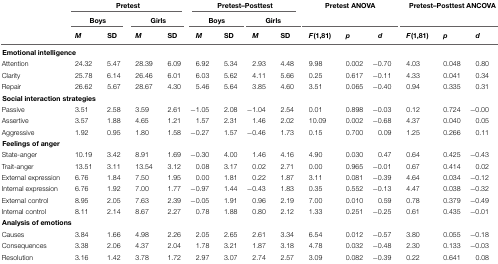
<table><thead><tr><td></td><td colspan="4"><b>Pretest</b></td><td colspan="4"><b>Pretest–Posttest</b></td><td colspan="3"><b>Pretest ANOVA</b></td><td colspan="3"><b>Pretest–Posttest ANCOVA</b></td></tr><tr><td></td><td colspan="2"><b>Boys</b></td><td colspan="2"><b>Girls</b></td><td colspan="2"><b>Boys</b></td><td colspan="2"><b>Girls</b></td><td colspan="3"></td><td colspan="3"></td></tr><tr><td></td><td><b><i>M</i></b></td><td><b>SD</b></td><td><b><i>M</i></b></td><td><b>SD</b></td><td><b><i>M</i></b></td><td><b>SD</b></td><td><b><i>M</i></b></td><td><b>SD</b></td><td><b><i>F</i>(1,81)</b></td><td><b><i>p</i></b></td><td><b><i>d</i></b></td><td><b><i>F</i>(1,81)</b></td><td><b><i>p</i></b></td><td><b><i>d</i></b></td></tr></thead><tbody><tr><td colspan="6"><b>Emotional intelligence</b></td></tr><tr><td>Attention</td><td>24.32</td><td>5.47</td><td>28.39</td><td>6.09</td><td>6.92</td><td>5.34</td><td>2.93</td><td>4.48</td><td>9.98</td><td>0.002</td><td>-0.70</td><td>4.03</td><td>0.048</td><td>0.80</td></tr><tr><td>Clarity</td><td>25.78</td><td>6.14</td><td>26.46</td><td>6.01</td><td>6.03</td><td>5.62</td><td>4.11</td><td>5.66</td><td>0.25</td><td>0.617</td><td>-0.11</td><td>4.33</td><td>0.041</td><td>0.34</td></tr><tr><td>Repair</td><td>26.62</td><td>5.67</td><td>28.67</td><td>4.30</td><td>5.46</td><td>5.64</td><td>3.85</td><td>4.60</td><td>3.51</td><td>0.065</td><td>-0.40</td><td>0.94</td><td>0.335</td><td>0.31</td></tr><tr><td colspan="6"><b>Social interaction strategies</b></td></tr><tr><td>Passive</td><td>3.51</td><td>2.58</td><td>3.59</td><td>2.61</td><td>-1.05</td><td>2.08</td><td>-1.04</td><td>2.54</td><td>0.01</td><td>0.898</td><td>-0.03</td><td>0.12</td><td>0.724</td><td>-0.00</td></tr><tr><td>Assertive</td><td>3.57</td><td>1.88</td><td>4.65</td><td>1.21</td><td>1.57</td><td>2.31</td><td>1.46</td><td>2.02</td><td>10.09</td><td>0.002</td><td>-0.68</td><td>4.37</td><td>0.040</td><td>0.05</td></tr><tr><td>Aggressive</td><td>1.92</td><td>0.95</td><td>1.80</td><td>1.58</td><td>-0.27</td><td>1.57</td><td>-0.46</td><td>1.73</td><td>0.15</td><td>0.700</td><td>0.09</td><td>1.25</td><td>0.266</td><td>0.11</td></tr><tr><td colspan="6"><b>Feelings of anger</b></td></tr><tr><td>State-anger</td><td>10.19</td><td>3.42</td><td>8.91</td><td>1.69</td><td>-0.30</td><td>4.00</td><td>1.46</td><td>4.16</td><td>4.90</td><td>0.030</td><td>0.47</td><td>0.64</td><td>0.425</td><td>-0.43</td></tr><tr><td>Trait-anger</td><td>13.51</td><td>3.11</td><td>13.54</td><td>3.12</td><td>0.08</td><td>3.17</td><td>0.02</td><td>2.71</td><td>0.00</td><td>0.965</td><td>-0.01</td><td>0.67</td><td>0.414</td><td>0.02</td></tr><tr><td>External expression</td><td>6.76</td><td>1.84</td><td>7.50</td><td>1.95</td><td>0.00</td><td>1.81</td><td>0.22</td><td>1.87</td><td>3.11</td><td>0.081</td><td>-0.39</td><td>4.64</td><td>0.034</td><td>-0.12</td></tr><tr><td>Internal expression</td><td>6.76</td><td>1.92</td><td>7.00</td><td>1.77</td><td>-0.97</td><td>1.44</td><td>-0.43</td><td>1.83</td><td>0.35</td><td>0.552</td><td>-0.13</td><td>4.47</td><td>0.038</td><td>-0.32</td></tr><tr><td>External control</td><td>8.95</td><td>2.05</td><td>7.63</td><td>2.39</td><td>-0.05</td><td>1.91</td><td>0.96</td><td>2.19</td><td>7.00</td><td>0.010</td><td>0.59</td><td>0.78</td><td>0.379</td><td>-0.49</td></tr><tr><td>Internal control</td><td>8.11</td><td>2.14</td><td>8.67</td><td>2.27</td><td>0.78</td><td>1.88</td><td>0.80</td><td>2.12</td><td>1.33</td><td>0.251</td><td>-0.25</td><td>0.61</td><td>0.435</td><td>-0.01</td></tr><tr><td colspan="6"><b>Analysis of emotions</b></td></tr><tr><td>Causes</td><td>3.84</td><td>1.66</td><td>4.98</td><td>2.26</td><td>2.05</td><td>2.65</td><td>2.61</td><td>3.34</td><td>6.54</td><td>0.012</td><td>-0.57</td><td>3.80</td><td>0.055</td><td>-0.18</td></tr><tr><td>Consequences</td><td>3.38</td><td>2.06</td><td>4.37</td><td>2.04</td><td>1.78</td><td>3.21</td><td>1.87</td><td>3.18</td><td>4.78</td><td>0.032</td><td>-0.48</td><td>2.30</td><td>0.133</td><td>-0.03</td></tr><tr><td>Resolution</td><td>3.16</td><td>1.42</td><td>3.78</td><td>1.72</td><td>2.97</td><td>3.07</td><td>2.74</td><td>2.57</td><td>3.09</td><td>0.082</td><td>-0.39</td><td>0.22</td><td>0.641</td><td>0.08</td></tr></tbody></table>